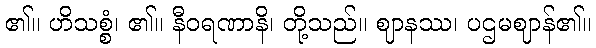
၏။ ဟိသစ္စံ၊ ၏။ နီဝရဏာနိ၊ တို့သည်။ ဈာနဿ၊ ပဌမဈာန်၏။